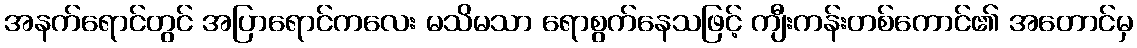
အနက်ရောင်တွင် အပြာရောင်ကလေး မသိမသာ ရောစွက်နေသဖြင့် ကျီးကန်းတစ်ကောင်၏ အတောင်မှ